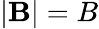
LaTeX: |\mathbf B|=B